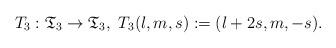
LaTeX: \begin{align*}T_3: \mathfrak{T}_3 \rightarrow \mathfrak{T}_3,\ T_3(l,m,s):=(l+2s,m,-s).\end{align*}